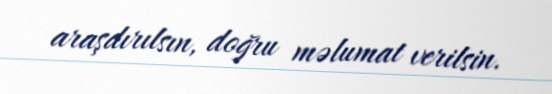
araşdırılsın, doğru məlumat verilsin.